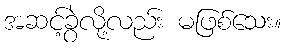
အဆင့်ခွဲလို့လည်း မဖြစ်သေး။